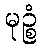
မုဉ္စံ